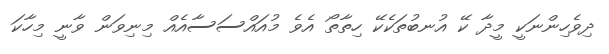
ދިވެހިންނަކީ މީދާ ކޭ އުނބުތަކެކޭ ހިތާތޯ އެވެ މުއައްސަސާއެއް މިނިވަން ވާނީ މިހާކަ